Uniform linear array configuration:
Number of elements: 64
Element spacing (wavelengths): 0.75
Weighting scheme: blackman
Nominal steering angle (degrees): -45
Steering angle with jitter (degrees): -44.154
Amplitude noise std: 0.05
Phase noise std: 0.05

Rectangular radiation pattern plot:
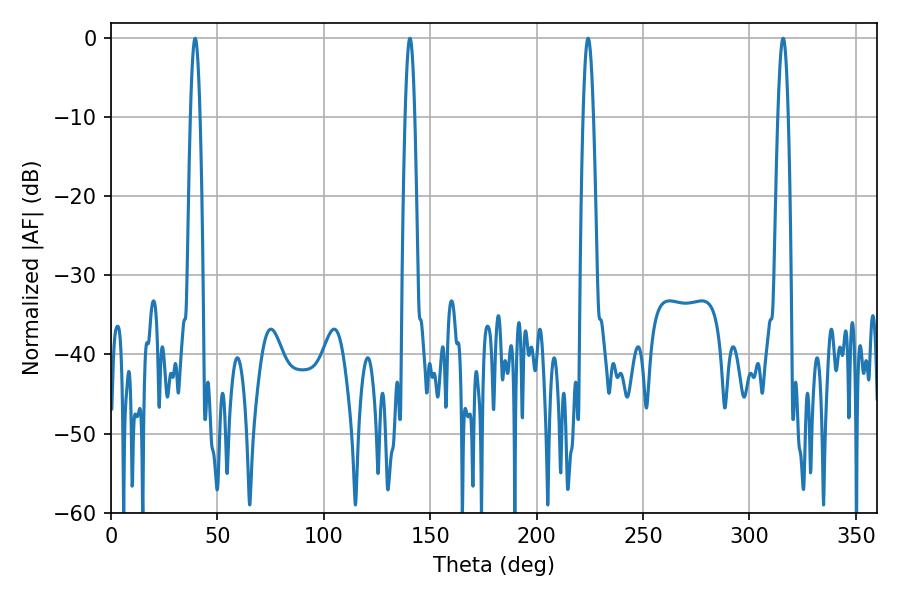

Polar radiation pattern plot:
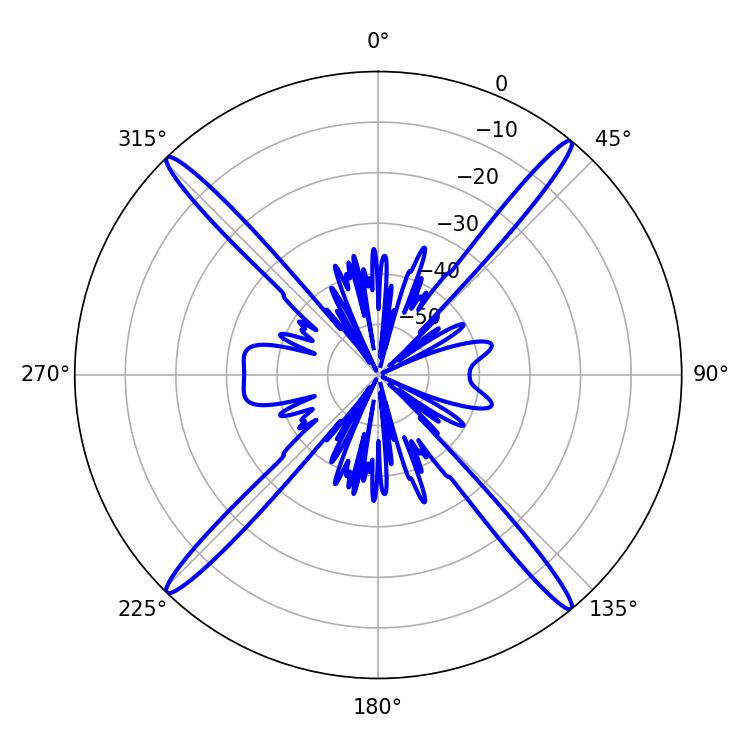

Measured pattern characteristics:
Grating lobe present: TRUE
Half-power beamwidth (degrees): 2.7
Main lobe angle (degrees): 315.9